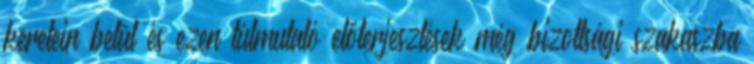
keretein belül és ezen túlmutató előterjesztések még bizottsági szakaszba